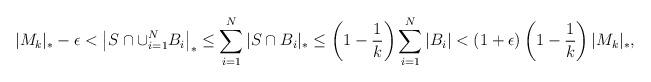
LaTeX: \begin{align*}|M_k|_* -\epsilon< \left| S\cap \cup_{i=1}^N B_i \right|_*\leq \sum_{i=1}^N |S\cap B_i|_*\leq \left(1-\dfrac{1}{k}\right)\sum_{i=1}^N |B_i|<(1+\epsilon)\left(1-\dfrac{1}{k}\right)|M_k|_*,\end{align*}